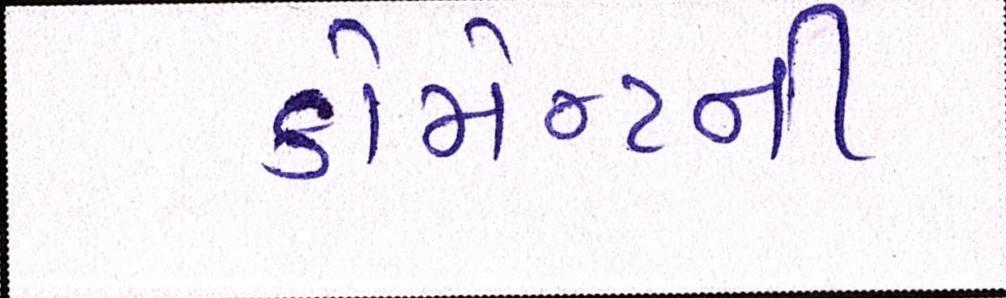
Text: કોમેન્ટની